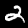
Digit: 2